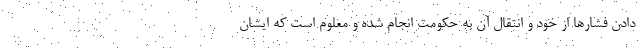
دادن فشارها از خود و انتقال آن به حکومت انجام شده و معلوم است که ایشان